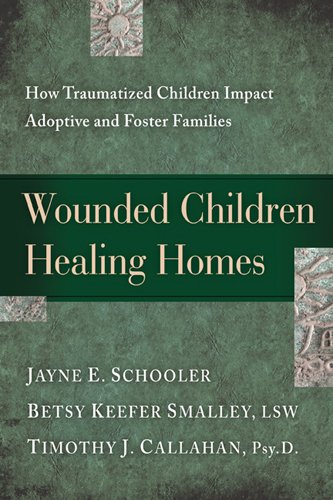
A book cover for Wounded Children, Healing Homes: How Traumatized Children Impact Adoptive and Foster Families; Jayne Schooler; Parenting & Relationships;